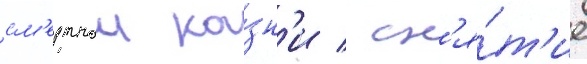
см'ертнои ка́зн'и / сн'я́т'ие